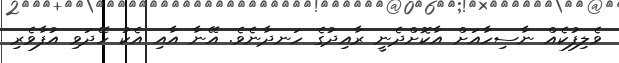
ވެލިފުކެއް ނާސިހާއަށް އާކޮށްދެނީ ރާއިދުގެ ހަނދާނެވެ. އޭނާ އާއި އެކު ހޭދަވި އުފާވެރި